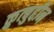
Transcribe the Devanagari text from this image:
क़ुत्बुद्दीन